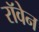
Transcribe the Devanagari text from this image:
रॉवेन